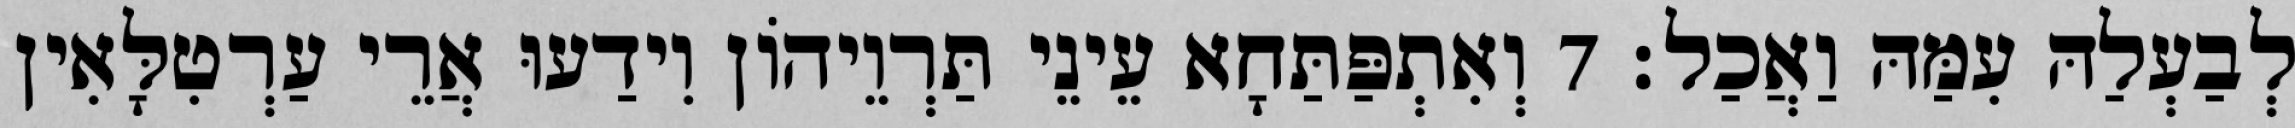
לְבַעְלַהּ עִמַּהּ וַאֲכַל׃ 7 וְאִתְפַּתַּחָא עֵינֵי תַּרְוֵיהוֹן וִידַעוּ אֲרֵי עַרְטִלָּאִין